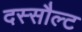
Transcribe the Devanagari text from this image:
दस्सौल्ट